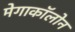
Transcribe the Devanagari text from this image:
मेगाकॉलोन